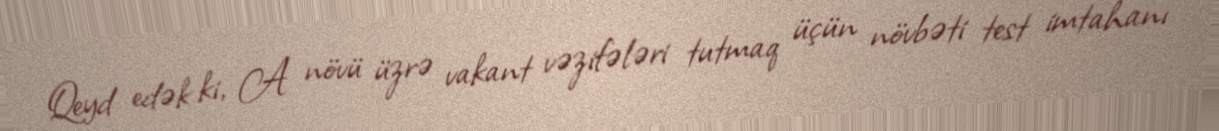
Qeyd edək ki, A növü üzrə vakant vəzifələri tutmaq üçün növbəti test imtahanı